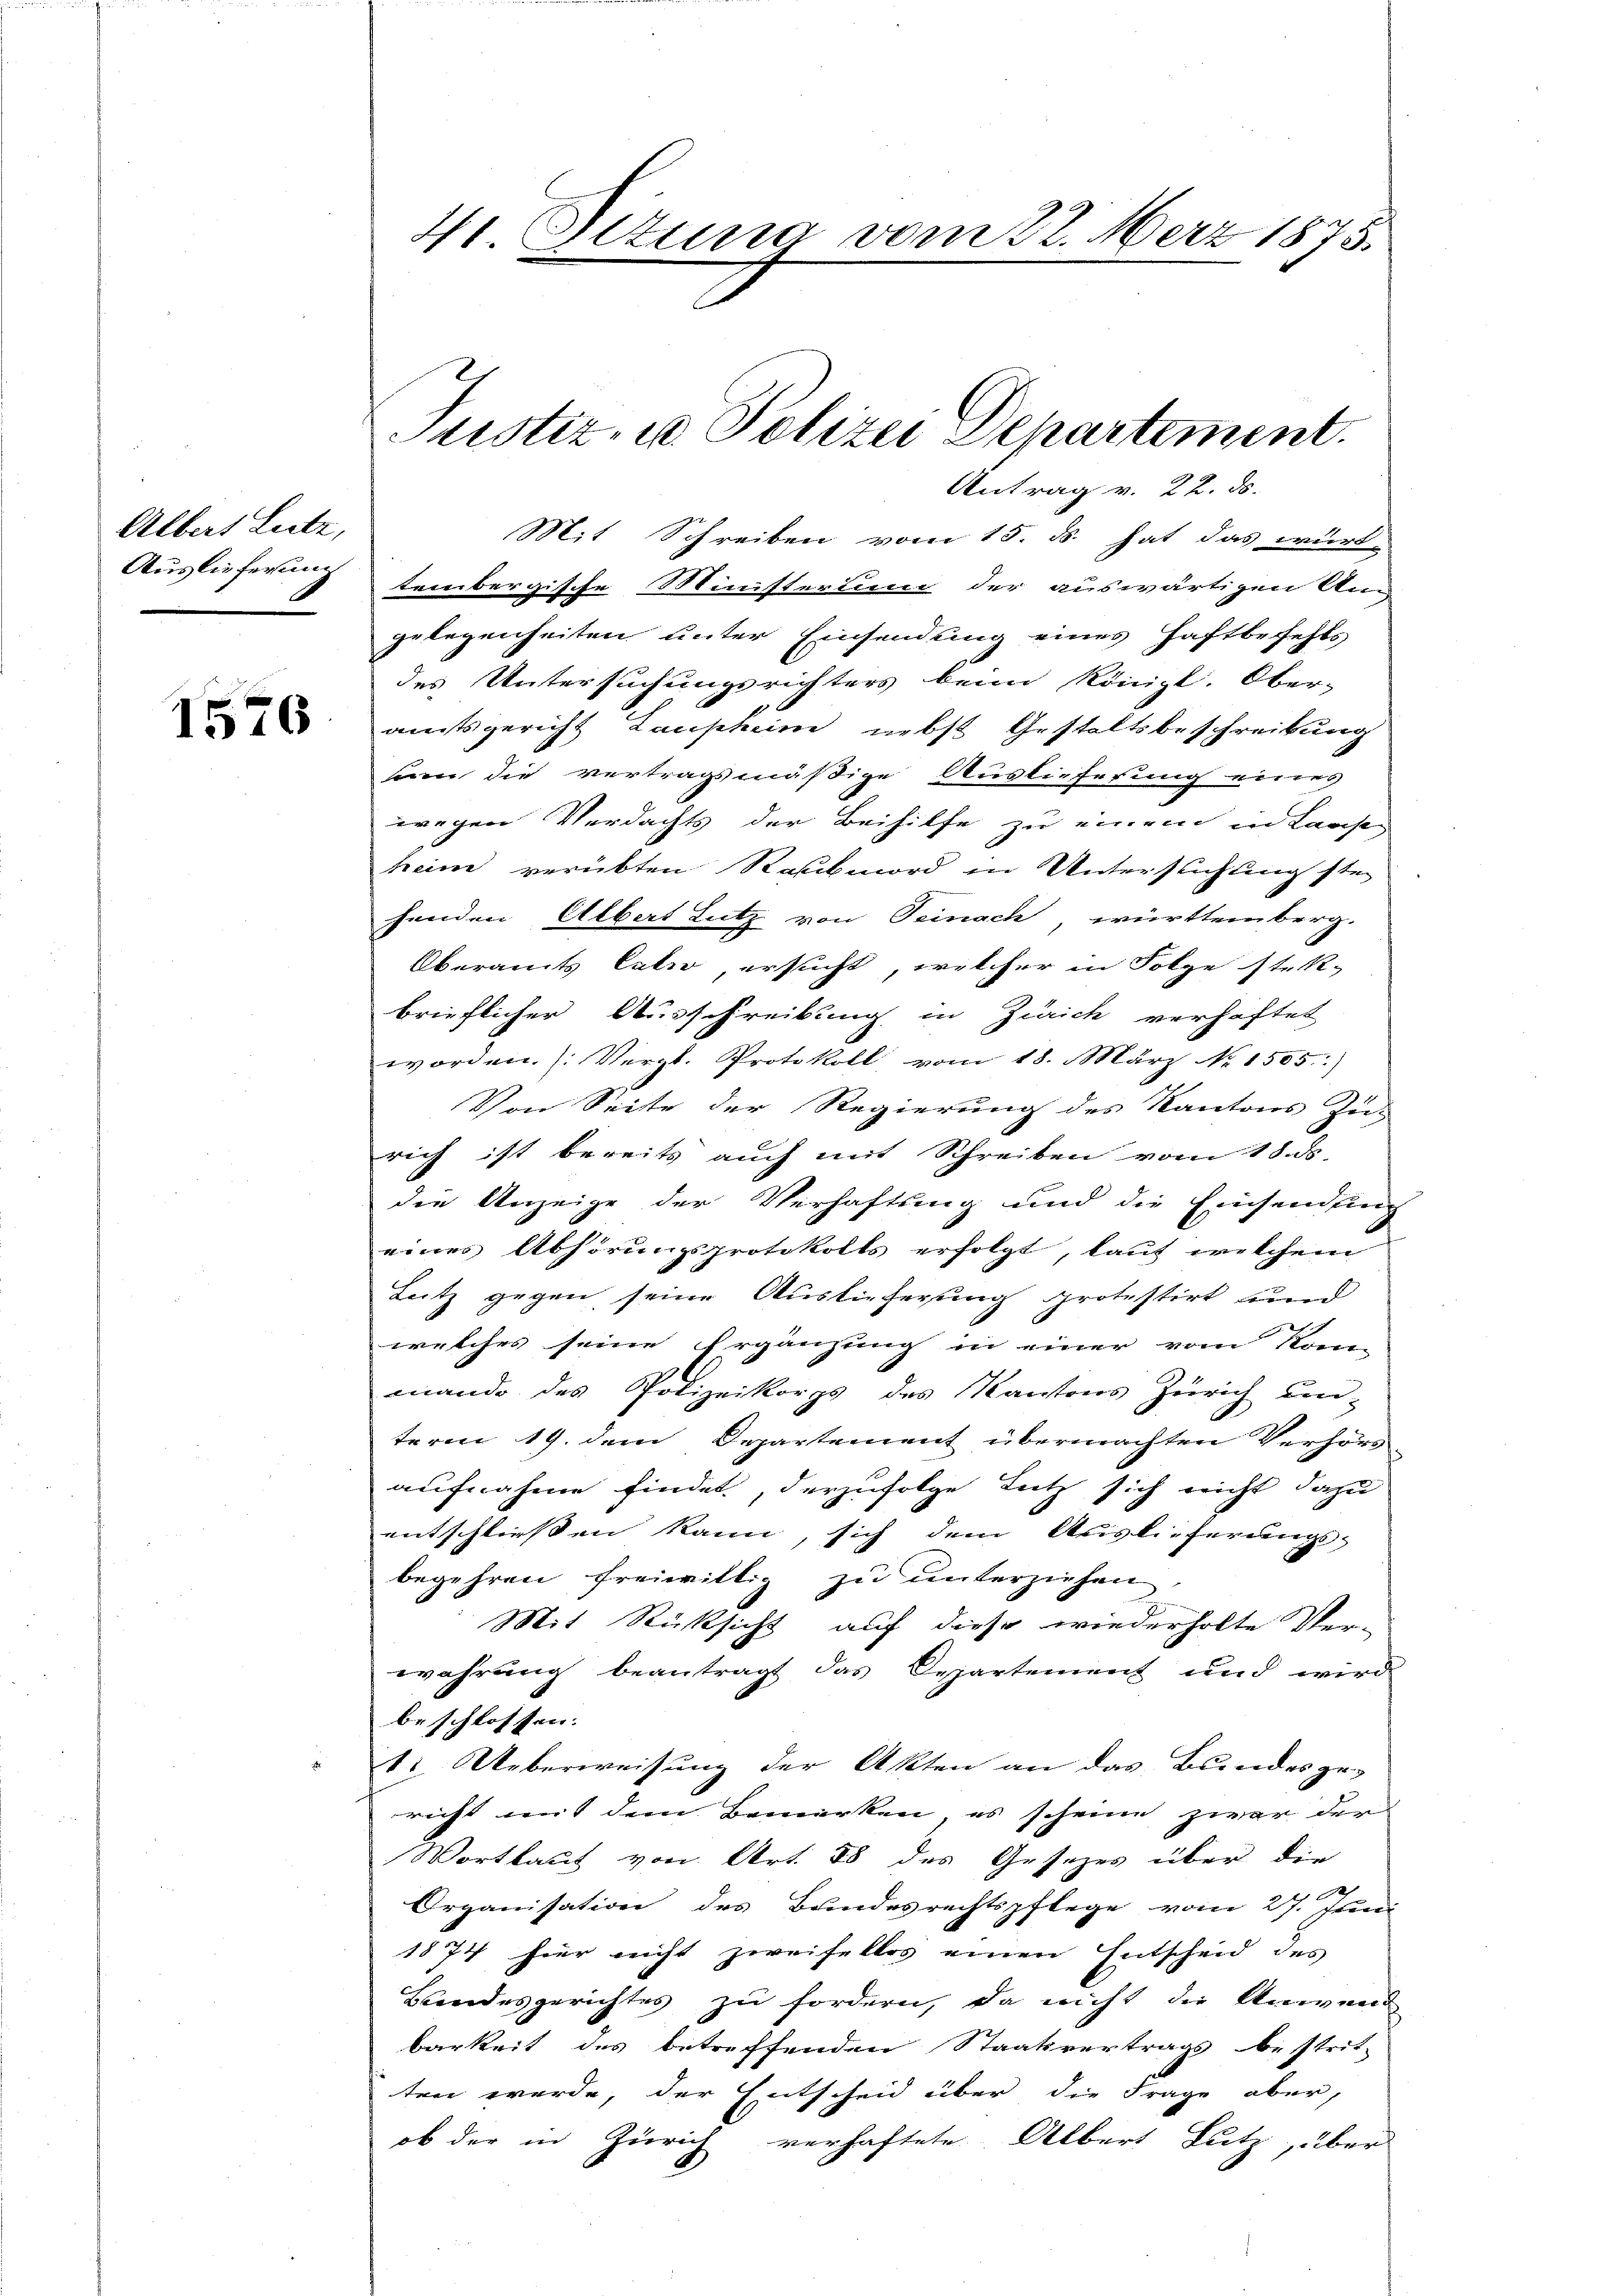
Albert Lutz,
Auslieferung

1576

4. Sizung vom 22. März 1875.

Justiz, u. Polizei Departement.

Antrag v. 22. ds.
Mit Schreiben vom 15. d. hat das württembergische Ministerium der auswärtigen Ann
gelegenheiten unter Einsendung eines Haftbefehls
des Untersuchungsrichters beim Königl. Ober-
amtsgericht Laupheime nebst Gestaltsbeschreibung
sen die vertragsmäßige Auslieferung eines
wegen Verdachts der Beihilfe zu einem in Lausen
heim verübten Raubmord in Untersuchung ste
henden Albert Lutz von Teinach, württemberg-
Oberamts Calio, ersucht, welcher in Folge stelbrieflicher Ausschreibung in Zürich verhaftet
worden. (Vergl. Protokoll vom 18. März No. 1505)
Von Seite der Regierung des Kantons Zus
rich ist bereits auch mit Schreiben vom 18. ds.
die Anzeige der Verhaftung und die Einsendung
eines Abhörungsprotokolls erfolgt, lauf welchem
Leitz gegen seine Auslieferung protestirt und
welches seine Ergänzung in einer vom Kom-
mando des Polizeikorps des Kantons Zürich un-
term 19. dem Departement übermachten Verhörs
aufnahme findet, derzufolge Lutz sich nicht dazu
entschliessen kann, sich dem Auslieferungs-
begehren freiwillig zu unterziehen,
Mit Rüksicht auf diese wiederholte Ver-
wahrung beantragt das Departement und wird
beschlossen:
1. Ueberweisung der Akten an das Bundesge-
richt mit dem Bemerken, es scheine zwar der
Wortlaut von Art. 88 des Gesetzes über die
2
Organisation des Bundesrechtspflege vom 27. Juni
1874 hier nicht zweifellos einen Entscheid des
Bundesgerichtes zu fordern, da nicht die Anwend
barkeit des betreffenden Staatsvertrags bestrit-
ten werde, der Entscheid über die Frage aber,
ob der in Zürich verhaftete Albert Lutz, über